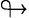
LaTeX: \looparrowright